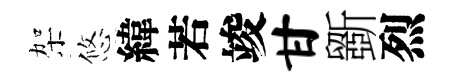
架悠緯若竣甘斵烈